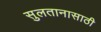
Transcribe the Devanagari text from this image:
सुलतानासाठी